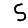
Digit: 5